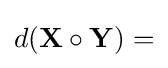
d(\mathbf {X} \circ \mathbf {Y} )=